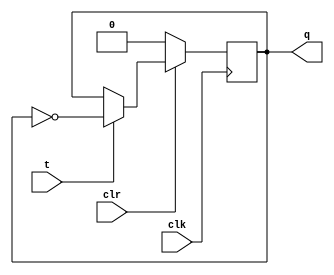
module hw9_basic(t, clk, clr, q);

	// Input Port(s)
	input clk;
	input clr;
	input t;

	// Output Port(s)
	output reg q;

	always@(posedge clk)
	begin
		if(!clr)
			q <= 0;
		else
			if(t)
				q <= ~q;
			else
				q <= q;
	end
endmodule